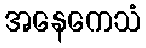
အနေကေသံ